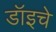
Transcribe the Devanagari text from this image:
डॉइचे